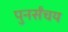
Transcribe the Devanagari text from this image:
पुनर्संचय